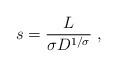
LaTeX: \begin{align*}s = {L\over \sigma D^{1/\sigma}}\ , \end{align*}